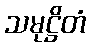
သမုဋ္ဌိတံ